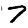
Digit: 7